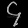
Digit: ၄